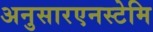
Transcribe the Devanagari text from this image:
अनुसारएनस्टेमि